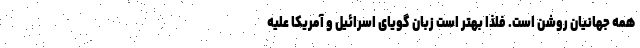
همه جهانیان روشن است. فلذا بهتر است زبان گویای اسرائیل و آمریکا علیه